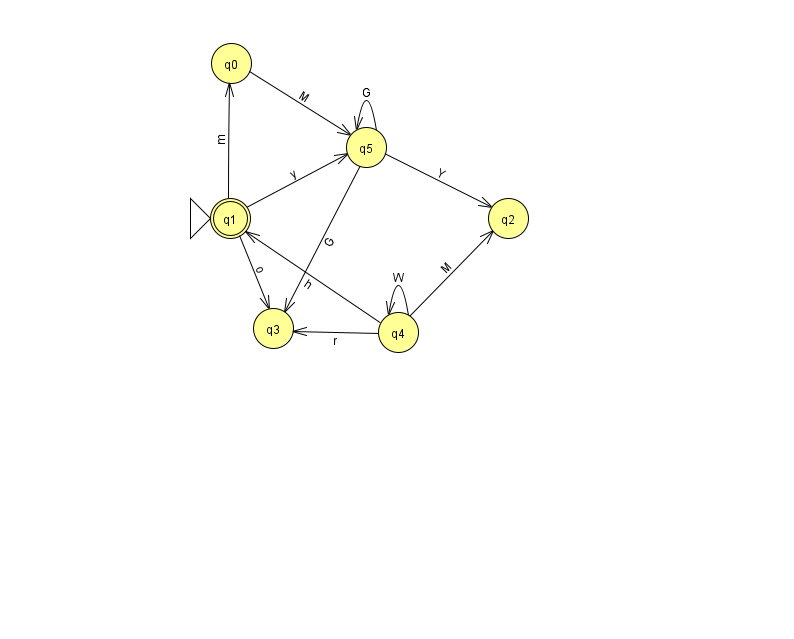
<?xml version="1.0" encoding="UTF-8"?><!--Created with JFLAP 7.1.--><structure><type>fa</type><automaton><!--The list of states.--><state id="0" name="q0"><x>231.0</x><y>50.0</y></state><state id="1" name="q1"><x>230.0</x><y>205.0</y><initial/><final/></state><state id="2" name="q2"><x>508.0</x><y>205.0</y></state><state id="3" name="q3"><x>273.0</x><y>315.0</y></state><state id="4" name="q4"><x>398.0</x><y>319.0</y></state><state id="5" name="q5"><x>366.0</x><y>134.0</y></state><!--The list of transitions.--><transition><from>4</from><to>2</to><read>M</read></transition><transition><from>4</from><to>3</to><read>r</read></transition><transition><from>5</from><to>2</to><read>Y</read></transition><transition><from>5</from><to>3</to><read>G</read></transition><transition><from>4</from><to>4</to><read>W</read></transition><transition><from>5</from><to>5</to><read>G</read></transition><transition><from>0</from><to>5</to><read>M</read></transition><transition><from>1</from><to>3</to><read>o</read></transition><transition><from>1</from><to>0</to><read>m</read></transition><transition><from>1</from><to>5</to><read>y</read></transition><transition><from>4</from><to>1</to><read>h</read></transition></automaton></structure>